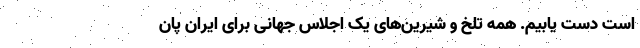
است دست یابیم. همه تلخ و شیرین‌های یک اجلاسِ جهانی برای ایران پان